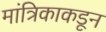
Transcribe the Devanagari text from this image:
मांत्रिकाकडून